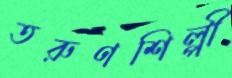
তরুণশিল্পী